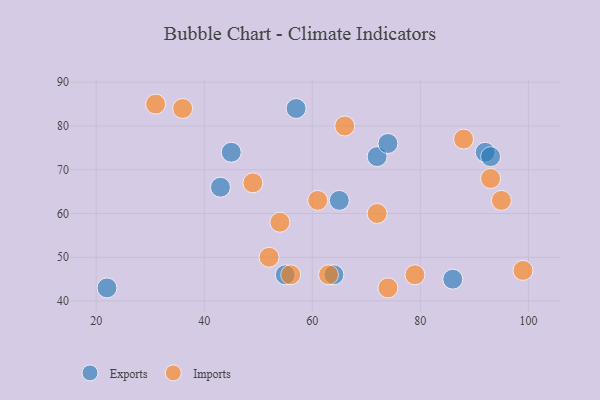
{"axis": {"x": "GDP", "y": "Life Expectancy"}, "legend": ["Exports", "Imports"], "data": [{"x": "72", "y": 73, "type": "Exports"}, {"x": "86", "y": 45, "type": "Exports"}, {"x": "92", "y": 74, "type": "Exports"}, {"x": "55", "y": 46, "type": "Exports"}, {"x": "57", "y": 84, "type": "Exports"}, {"x": "43", "y": 66, "type": "Exports"}, {"x": "64", "y": 46, "type": "Exports"}, {"x": "45", "y": 74, "type": "Exports"}, {"x": "22", "y": 43, "type": "Exports"}, {"x": "65", "y": 63, "type": "Exports"}, {"x": "74", "y": 76, "type": "Exports"}, {"x": "93", "y": 73, "type": "Exports"}, {"x": "52", "y": 50, "type": "Imports"}, {"x": "49", "y": 67, "type": "Imports"}, {"x": "63", "y": 46, "type": "Imports"}, {"x": "95", "y": 63, "type": "Imports"}, {"x": "36", "y": 84, "type": "Imports"}, {"x": "72", "y": 60, "type": "Imports"}, {"x": "31", "y": 85, "type": "Imports"}, {"x": "99", "y": 47, "type": "Imports"}, {"x": "61", "y": 63, "type": "Imports"}, {"x": "54", "y": 58, "type": "Imports"}, {"x": "93", "y": 68, "type": "Imports"}, {"x": "74", "y": 43, "type": "Imports"}, {"x": "56", "y": 46, "type": "Imports"}, {"x": "88", "y": 77, "type": "Imports"}, {"x": "66", "y": 80, "type": "Imports"}, {"x": "79", "y": 46, "type": "Imports"}]}